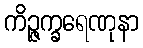
ကိဉ္ဇက္ခရေဏုနာ